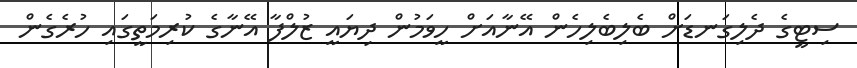
ސިޓީގެ ދެލިގަނޑަށް ބެލިބެލިހެން އޭނާއަށް ހީވަމުން ދިޔައީ ޒުލްފާ އޭނާގެ ކުރިމަތީގައި ހުރެގެން